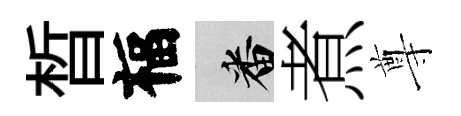
晳福番煮尊